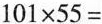
$$1 0 1 \times 5 5 =$$